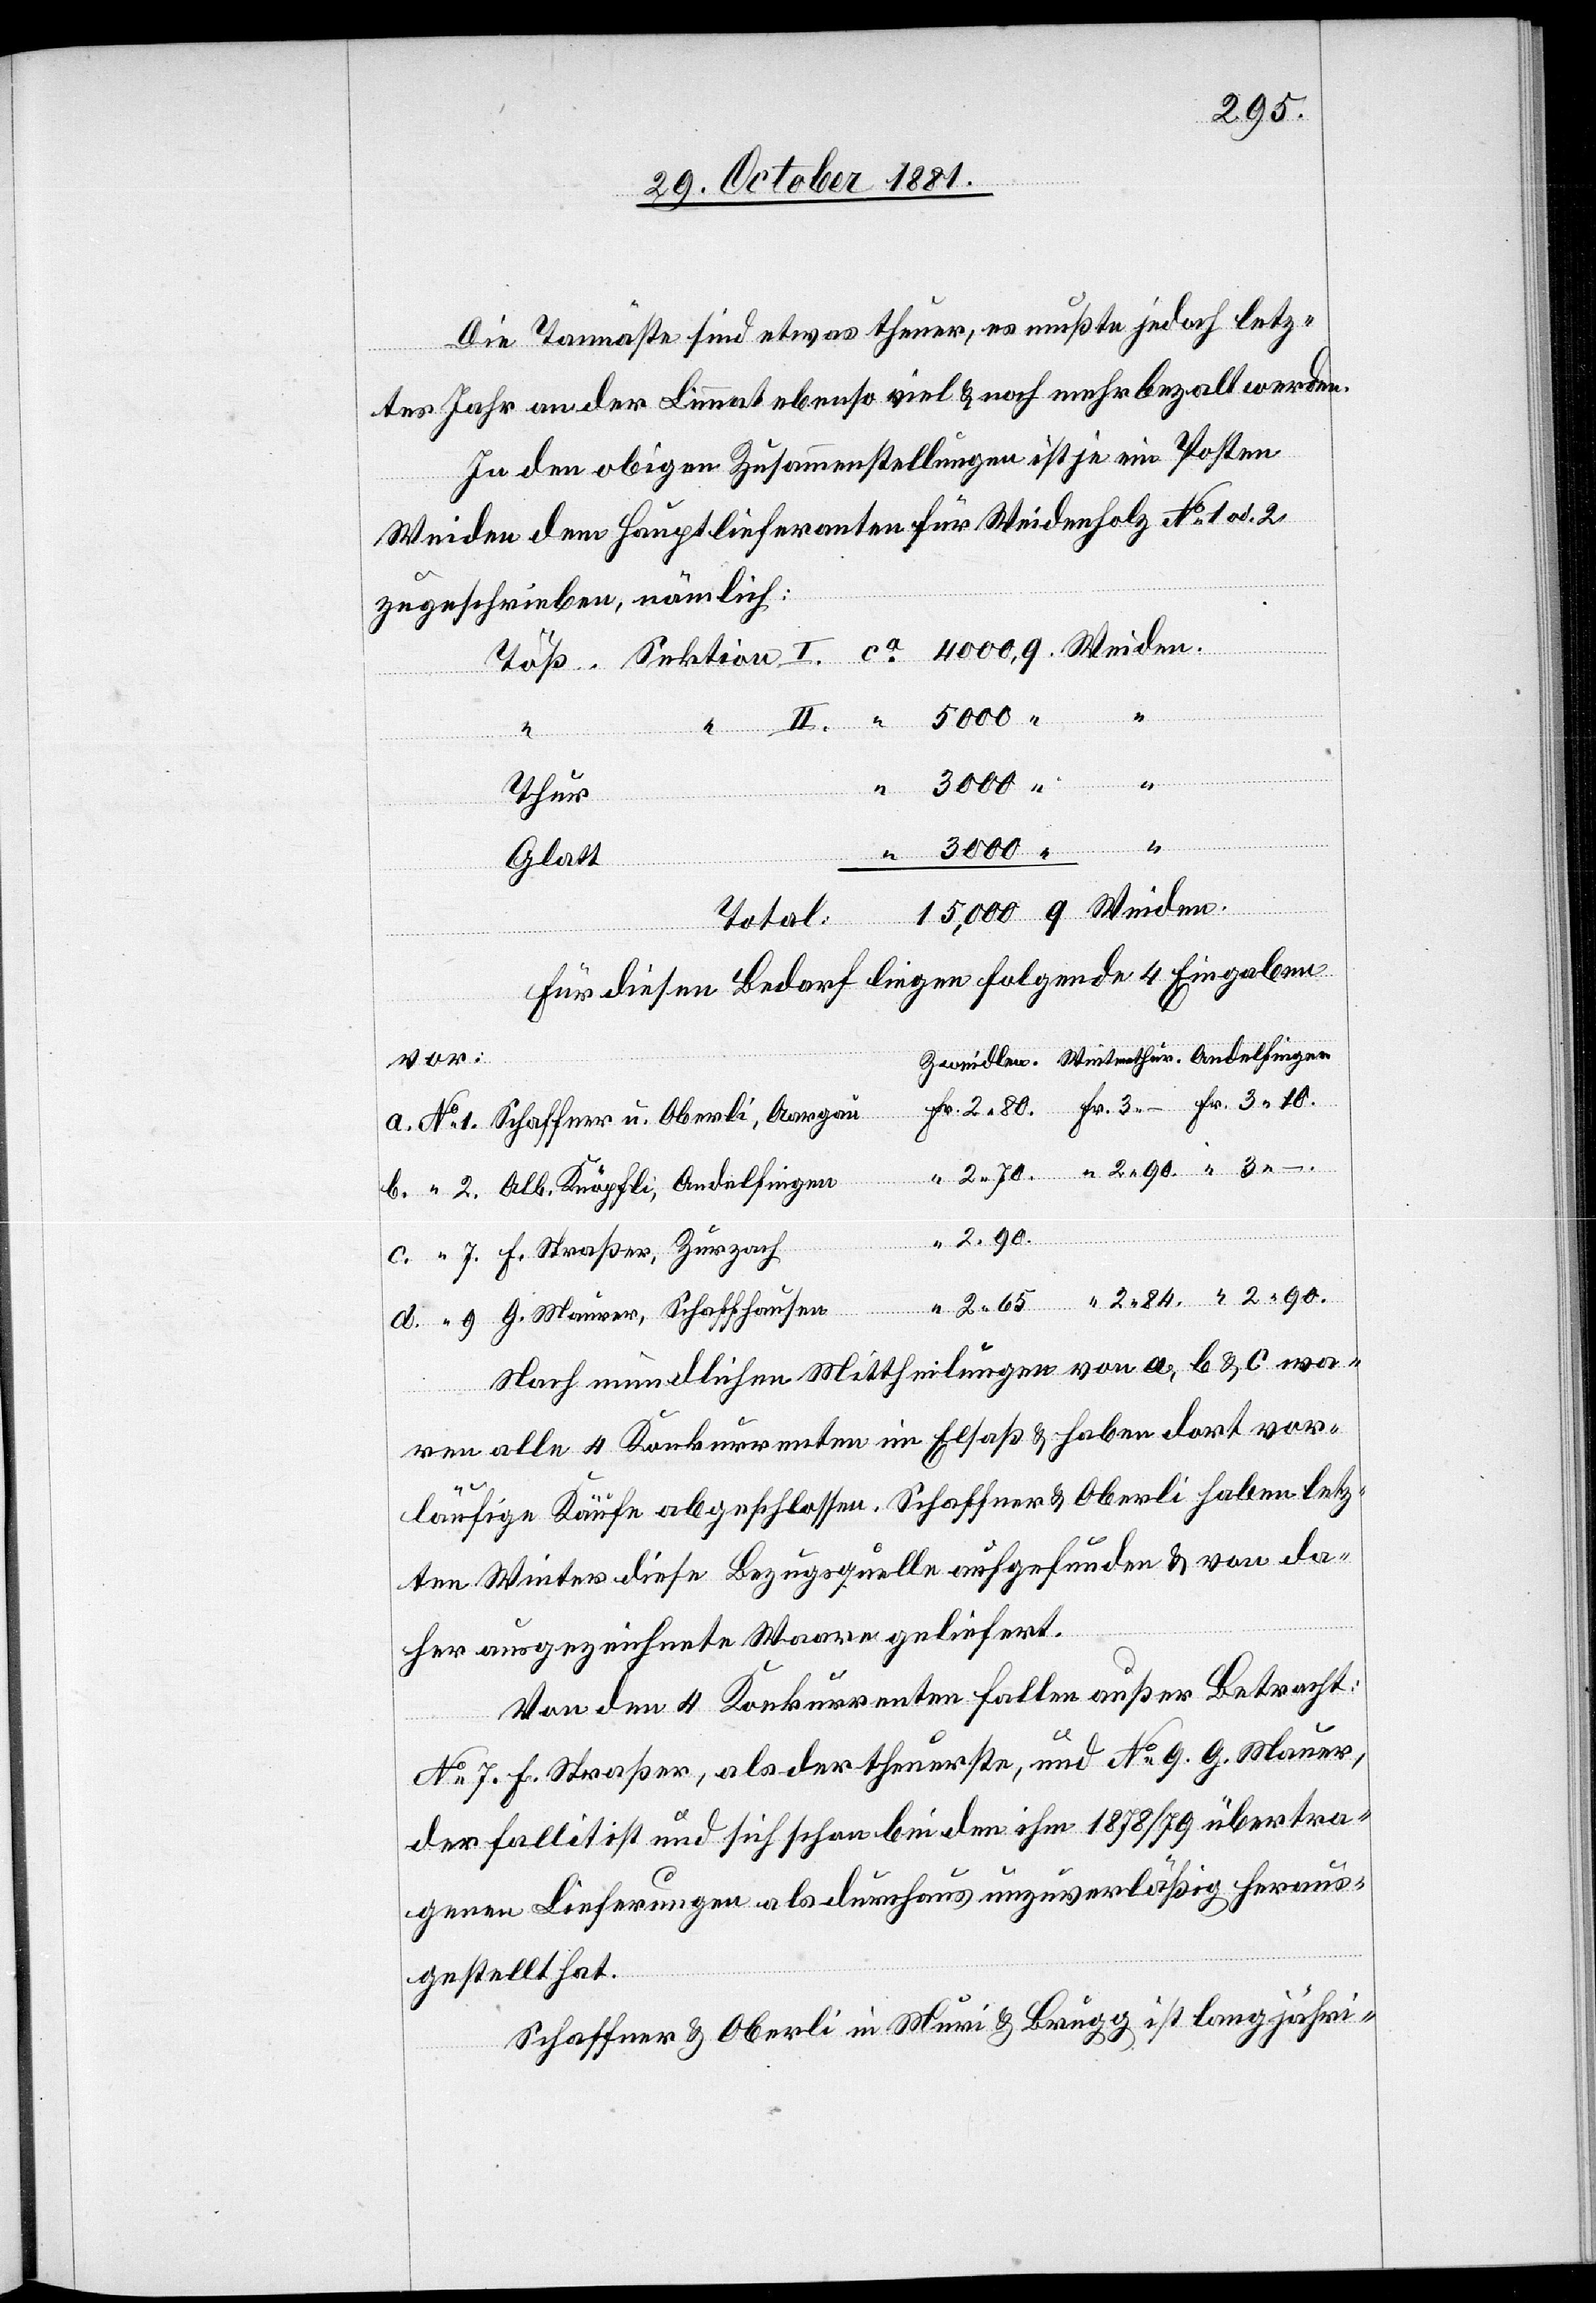
2.90.
Die Tannäste sind etwas theuer, es mußte jedoch letz¬
tes Jahr an der Limmat ebenso viel & noch mehr bezalt werden.
In den obigen Zusammenstellungen ist je ein Posten
Weiden dem Hauptlieferanten für Weidenholz No 1 od. 2
zugeschrieben, nämlich:
Töß. Sektion I. ca 4000, q. Weiden.
5000 “ “
Thur
“ 3000 “ “
Glatt
.
Total: 15,000 q Weiden.
Für diesen Bedarf liegen folgende 4 Eingaben
Zweidlen.	Winterthur.	Andelfingen
vor:
a. No 1. Schaffner u. Oberli, Aargau	Fr. 2 80.	Fr. 3 – 		Fr. 3 10.
b. “ 2. Alb. Knöpfli, Andelfingen	 “ 2 70.	 “ 2 90.	 “ 3 –
c. “ 7. F. Straßer, Zurzach
d. “ 9 G. Maurer, Schaffhausen	 “ 2 65	 “ 2 84.	 “ 2 90.
Nach mündlichen Mittheilungen von a, b & c wa¬
ren alle 4 Konkurrenten im Elsaß & haben dort vor¬
läufige Käufe abgeschlossen. Schaffner & Oberli haben letz¬
ten Winter diese Bezugsquelle aufgefunden & von da¬
her ausgezeichnete Waare geliefert.
Von den 4 Konkurrenten fallen außer Betracht:
No 7. F. Straßer, als der theuerste, und No 9. G. Mauer,
der fallit ist und sich schon bei den ihm 1878/79 übertra¬
genen Lieferungen als durchaus unzuverläßig heraus¬
gestellt hat.
Schaffner & Oberli in Muri & Brugg ist langjähri-